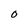
Character: O